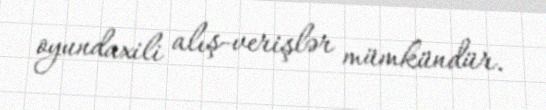
oyundaxili alış-verişlər mümkündür.